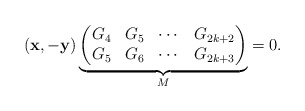
\begin{align*}(\mathbf{x}, -\mathbf{y})\underbrace{\begin{pmatrix}G_{4} & G_{5} & \cdots & G_{2k+2}\\ G_{5} & G_{6} & \cdots & G_{2k+3}\end{pmatrix}}_M =0.\end{align*}